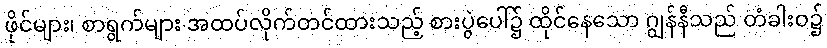
ဖိုင်များ၊ စာရွက်များ အထပ်လိုက်တင်ထားသည့် စားပွဲပေါ်၌ ထိုင်နေသော ဂျွန်နီသည် တံခါးဝ၌